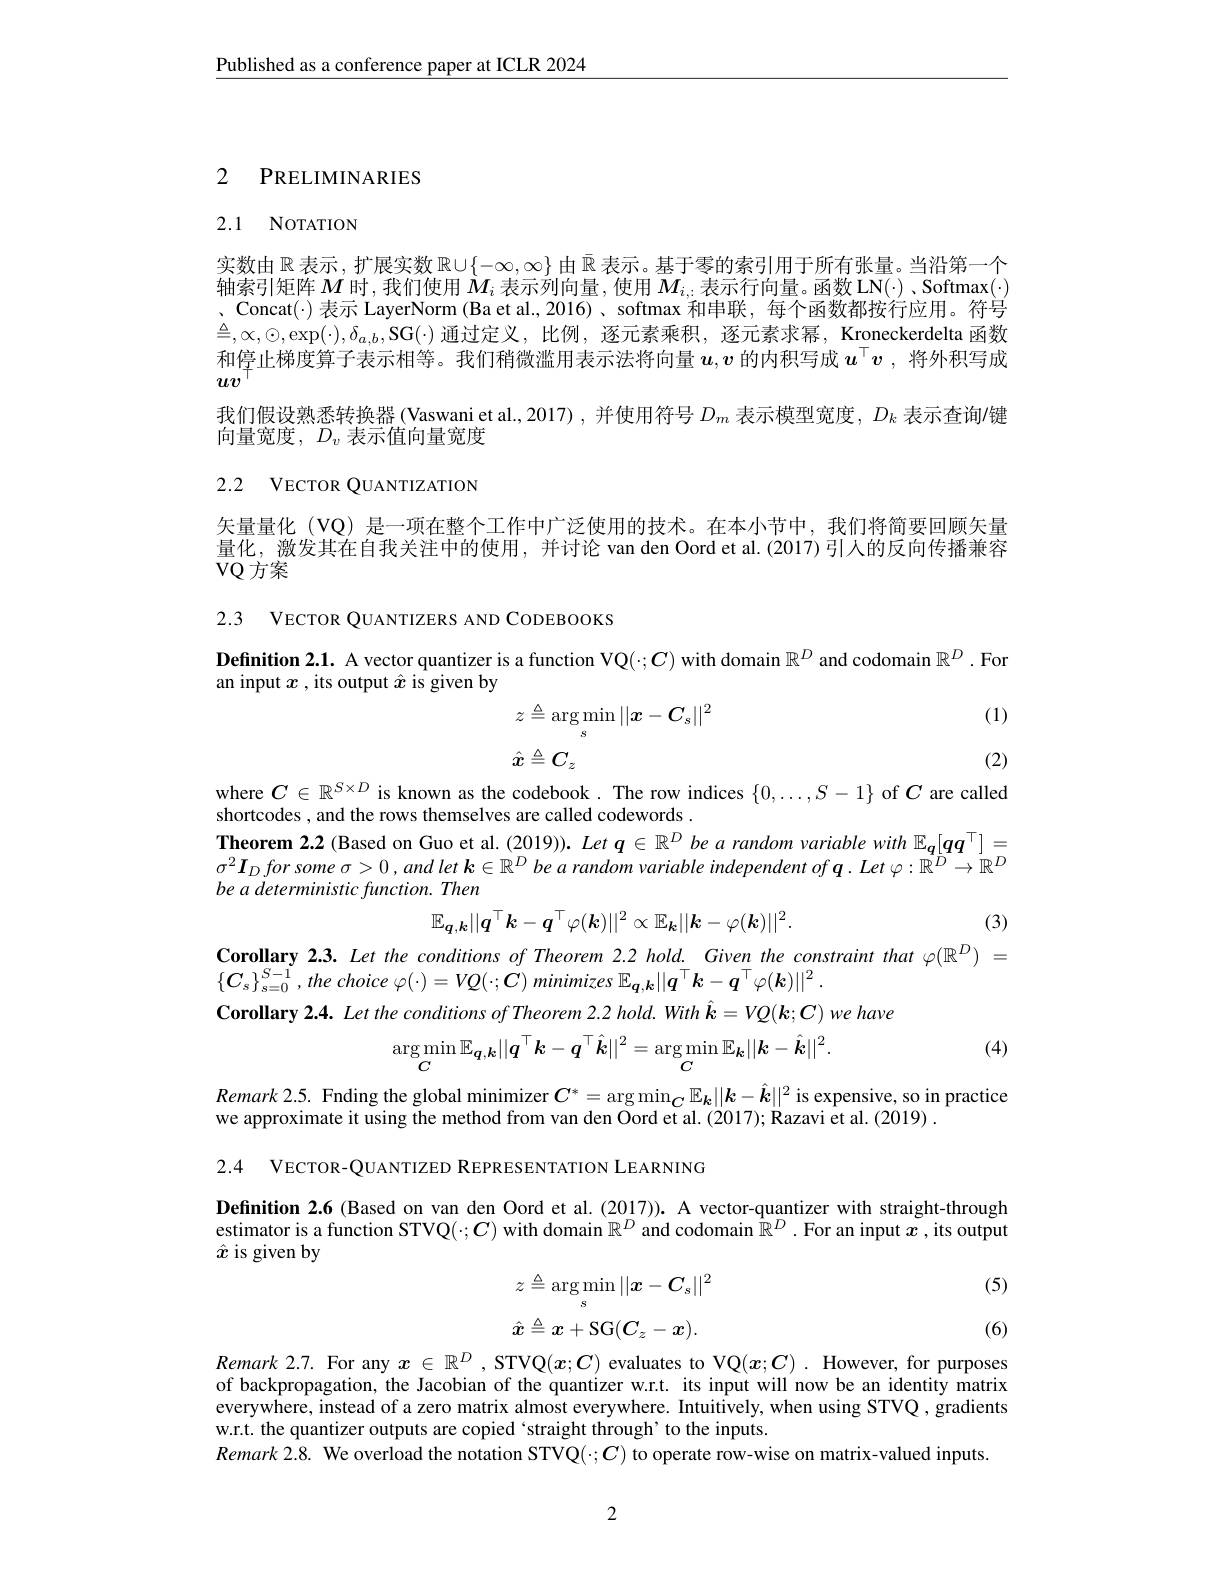
$\underline{\text{Published as a conference paper at ICLR 2024}}$

## 2 PRELIMINARIES

## 2.1 NOTATION

实数由$\mathbb{R}$ 表示，扩展实数$\mathbb{R}\cup\{-\infty,\infty\}$由$\bar{\mathbb{R}}$表示。基于零的索引用于所有张量。当沿第一个轴索引矩阵$M$时，我们使用$M_i$ 表示列向量，使用$M_i$,表示行向量。函数LN(·)、Softmax(·) 、Concat($\cdot) 表示 LayerNorm (Ba et al.,2016)、softmax 和串联，每个函数都按行应用。符号$ $\triangleq,\infty,\odot,\exp(\cdot),\delta_{a,b}$,SG(·)通过定义，比例，逐元素乘积，逐元素求幂，Kroneckerdelta 函数和停止梯度算子表示相等。我们稍微滥用表示法将向量$u,v$ 的内积写成 $u^\top v$ ,将外积写成$uv$
我们假设熟悉转换器(Vaswani et al.,2017),并使用符号$D_m$表示模型宽度，$D_k$表示查询/键
向量宽度，$D_v$表示值向量宽度

## 2.2 VECTOR QUANTIZATION

矢量量化(VQ) 是一项在整个工作中广泛使用的技术。在本小节中，我们将简要回顾矢量量化，激发其在自我关注中的使用，并讨论 van den Oord et al.(2017) 引人的反向传播兼容VQ方案

2.3 VECTOR QUANTIZERS AND CODEBOOKS

Definition 2.1. A vector quantizer is a function VQ($:\boldsymbol{C})$ with domain $\mathbb{R}^D$ and codomain $\mathbb{R}^D.$ For
an input $x$ , its output $\hat{x}$ is given by
$$\begin{aligned}&z\triangleq\arg\min_{s}||x-C_{s}||^{2}\\&\hat{x}\triangleq C_{z}\end{aligned}$$
(1)

(2)

where $C\in\mathbb{R}^{S\times D}$ is known as the codebook. The row indices $\{0,\ldots,S-1\}$ of $C$ are called
shortcodes , and the rows themselves are called codewords .
Theorem 2.2 (Based on Guo et al. (2019)). $Let\boldsymbol{q}\in\mathbb{R}^D$ be a random variable with $\mathbb{E}_{\boldsymbol{q}}[\boldsymbol{qq}^\top]=$ $\sigma ^2\boldsymbol{I}_D\textit{for some }\sigma > 0, and\textit{let k}\in \mathbb{R} ^D$ be a random variable independent of $\boldsymbol{q}.Let\varphi:\hat{\mathbb{R}}^{\dot{D}}\to\mathbb{R}^D$ be a deterministic function. Then
$$\mathbb{E}_{\boldsymbol{q},\boldsymbol{k}}||\boldsymbol{q}^\top\boldsymbol{k}-\boldsymbol{q}^\top\varphi(\boldsymbol{k})||^2\propto\mathbb{E}_{\boldsymbol{k}}||\boldsymbol{k}-\varphi(\boldsymbol{k})||^2.$$
(3)

Corollary 2.3. Let the conditions of Theorem 2.2 hold. Given the constraint that $\varphi(\mathbb{R}^D)=$
$\{ C_{s}\} _{s= 0}^{S- 1}, the$ choice $\varphi ( \cdot ) = VQ( \cdot ; C)$ minimizes $\mathbb{E} _{q, k}| | \boldsymbol{q}^{\top }\boldsymbol{k}- \boldsymbol{q}^{\top }\varphi ( \boldsymbol{k}) | | ^{2}.$
Corollary 2.4. Let the conditions of Theorem 2.2 hold. With $\hat{\boldsymbol{k}}=VQ(\boldsymbol{k};\boldsymbol{C})$ we have
(4)
$$\underset{C}{\operatorname*{\arg\min}}\mathbb{E}_{\boldsymbol{q},\boldsymbol{k}}||\boldsymbol{q}^\top\boldsymbol{k}-\boldsymbol{q}^\top\hat{\boldsymbol{k}}||^2=\underset{C}{\operatorname*{\arg\min}}\mathbb{E}_{\boldsymbol{k}}||\boldsymbol{k}-\hat{\boldsymbol{k}}||^2.$$
$Remark2.5.$ Fnding the global minimizer $C^*=\arg\min_{{\boldsymbol{C}}}\mathbb{E}_{{\boldsymbol{k}}}||\boldsymbol{k}-\hat{\boldsymbol{k}}||^2$ is expensive, so in practice
we approximate it using the method from van den Oord et al. (2017); Razavi et al. (2019) .
2.4 VECTOR-QUANTIZED REPRESENTATION LEARNING

Definition 2.6 (Based on van den Oord et al.(2017)). A vector-quantizer with straight-through estimator is a function STVQ( $:\boldsymbol{C})$ with domain $\mathbb{R}^D$ and codomain $\hat{\mathbb{R}}^D.$ For an input $x$ ,its output $\hat{x}$ is given by

(5)
$$\begin{array}{c}z\triangleq\arg\min_s||x-C_s||^2\\\\\hat{\boldsymbol{x}}\triangleq\boldsymbol{x}+\mathbf{S}C(\boldsymbol{C}-\boldsymbol{x})\end{array}$$
$$\hat{\boldsymbol{x}}\triangleq\boldsymbol{x}+\mathrm{SG}(\boldsymbol{C}_z-\boldsymbol{x}).$$
(6)

Remark 2.7. For any $x\in\mathbb{R}^D$, STVQ$(x;C)$ evaluates to VQ$(x;C).$ However, for purposes of backpropagation, the Jacobian of the quantizer w.r.t. its input will now be an identity matrix everywhere, instead of a zero matrix almost everywhere. Intuitively, when using STVQ , gradients w.r.t. the quantizer outputs are copied ‘straight through’to the inputs.
$Remark2.8.$ We overload the notation STVQ(·;C) to operate row-wise on matrix-valued inputs.

2